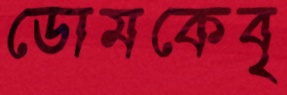
ডোমকেবৃ